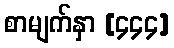
စာမျက်နှာ [၄၄၄]